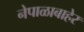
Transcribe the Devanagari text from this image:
नेपाळाबाहेर